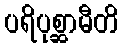
ပရိပုစ္ဆာမီတိ